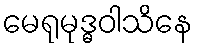
မေရုမုဒ္ဓဝါသိနေ